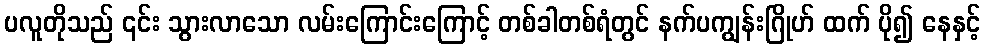
ပလူတိုသည် ၎င်း သွားလာသော လမ်းကြောင်းကြောင့် တစ်ခါတစ်ရံတွင် နက်ပကျွန်းဂြိုဟ် ထက် ပို၍ နေနှင့်